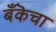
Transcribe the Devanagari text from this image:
बँकॆचा